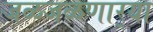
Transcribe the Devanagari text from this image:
जळजळणार्‍या